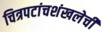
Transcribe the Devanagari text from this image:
चित्रपटांचशंखलेची